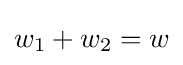
w_{1}+w_{2}=w